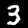
Digit: 3